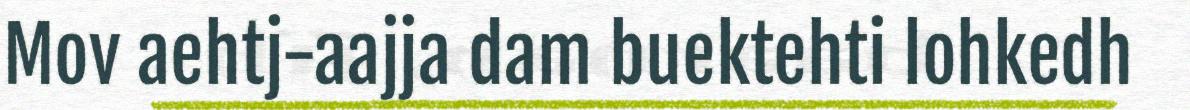
Mov aehtj-aajja dam buektehti lohkedh